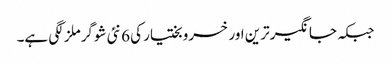
جبکہ جانگیرترین اور خسرو بختیار کی 6 نئی شوگرملز لگی ہے۔